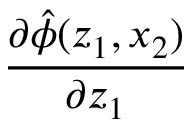
\frac { \partial \hat { \phi } ( z _ { 1 } , x _ { 2 } ) } { \partial z _ { 1 } }